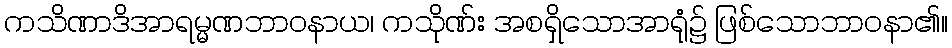
ကသိဏာဒိအာရမ္မဏဘာဝနာယ၊ ကသိုဏ်း အစရှိသောအာရုံ၌ ဖြစ်သောဘာဝနာ၏။